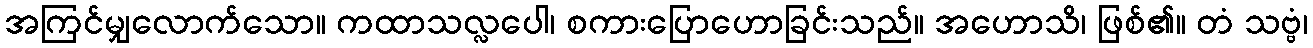
အကြင်မျှလောက်သော။ ကထာသလ္လပေါ၊ စကားပြောဟောခြင်းသည်။ အဟောသိ၊ ဖြစ်၏။ တံ သဗ္ဗံ၊